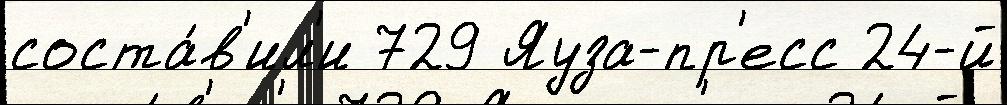
соста́в'ил'и 729 Яуза-пр'есс 24-й